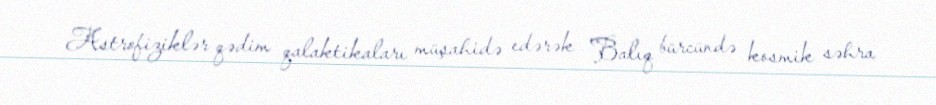
Astrofiziklər qədim qalaktikaları müşahidə edərək Balıq bürcündə kosmik səhra